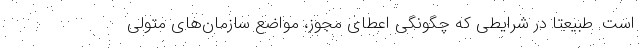
است. طبیعتاً در شرایطی که چگونگی اعطای مجوز، مواضع سازمان‌های متولی